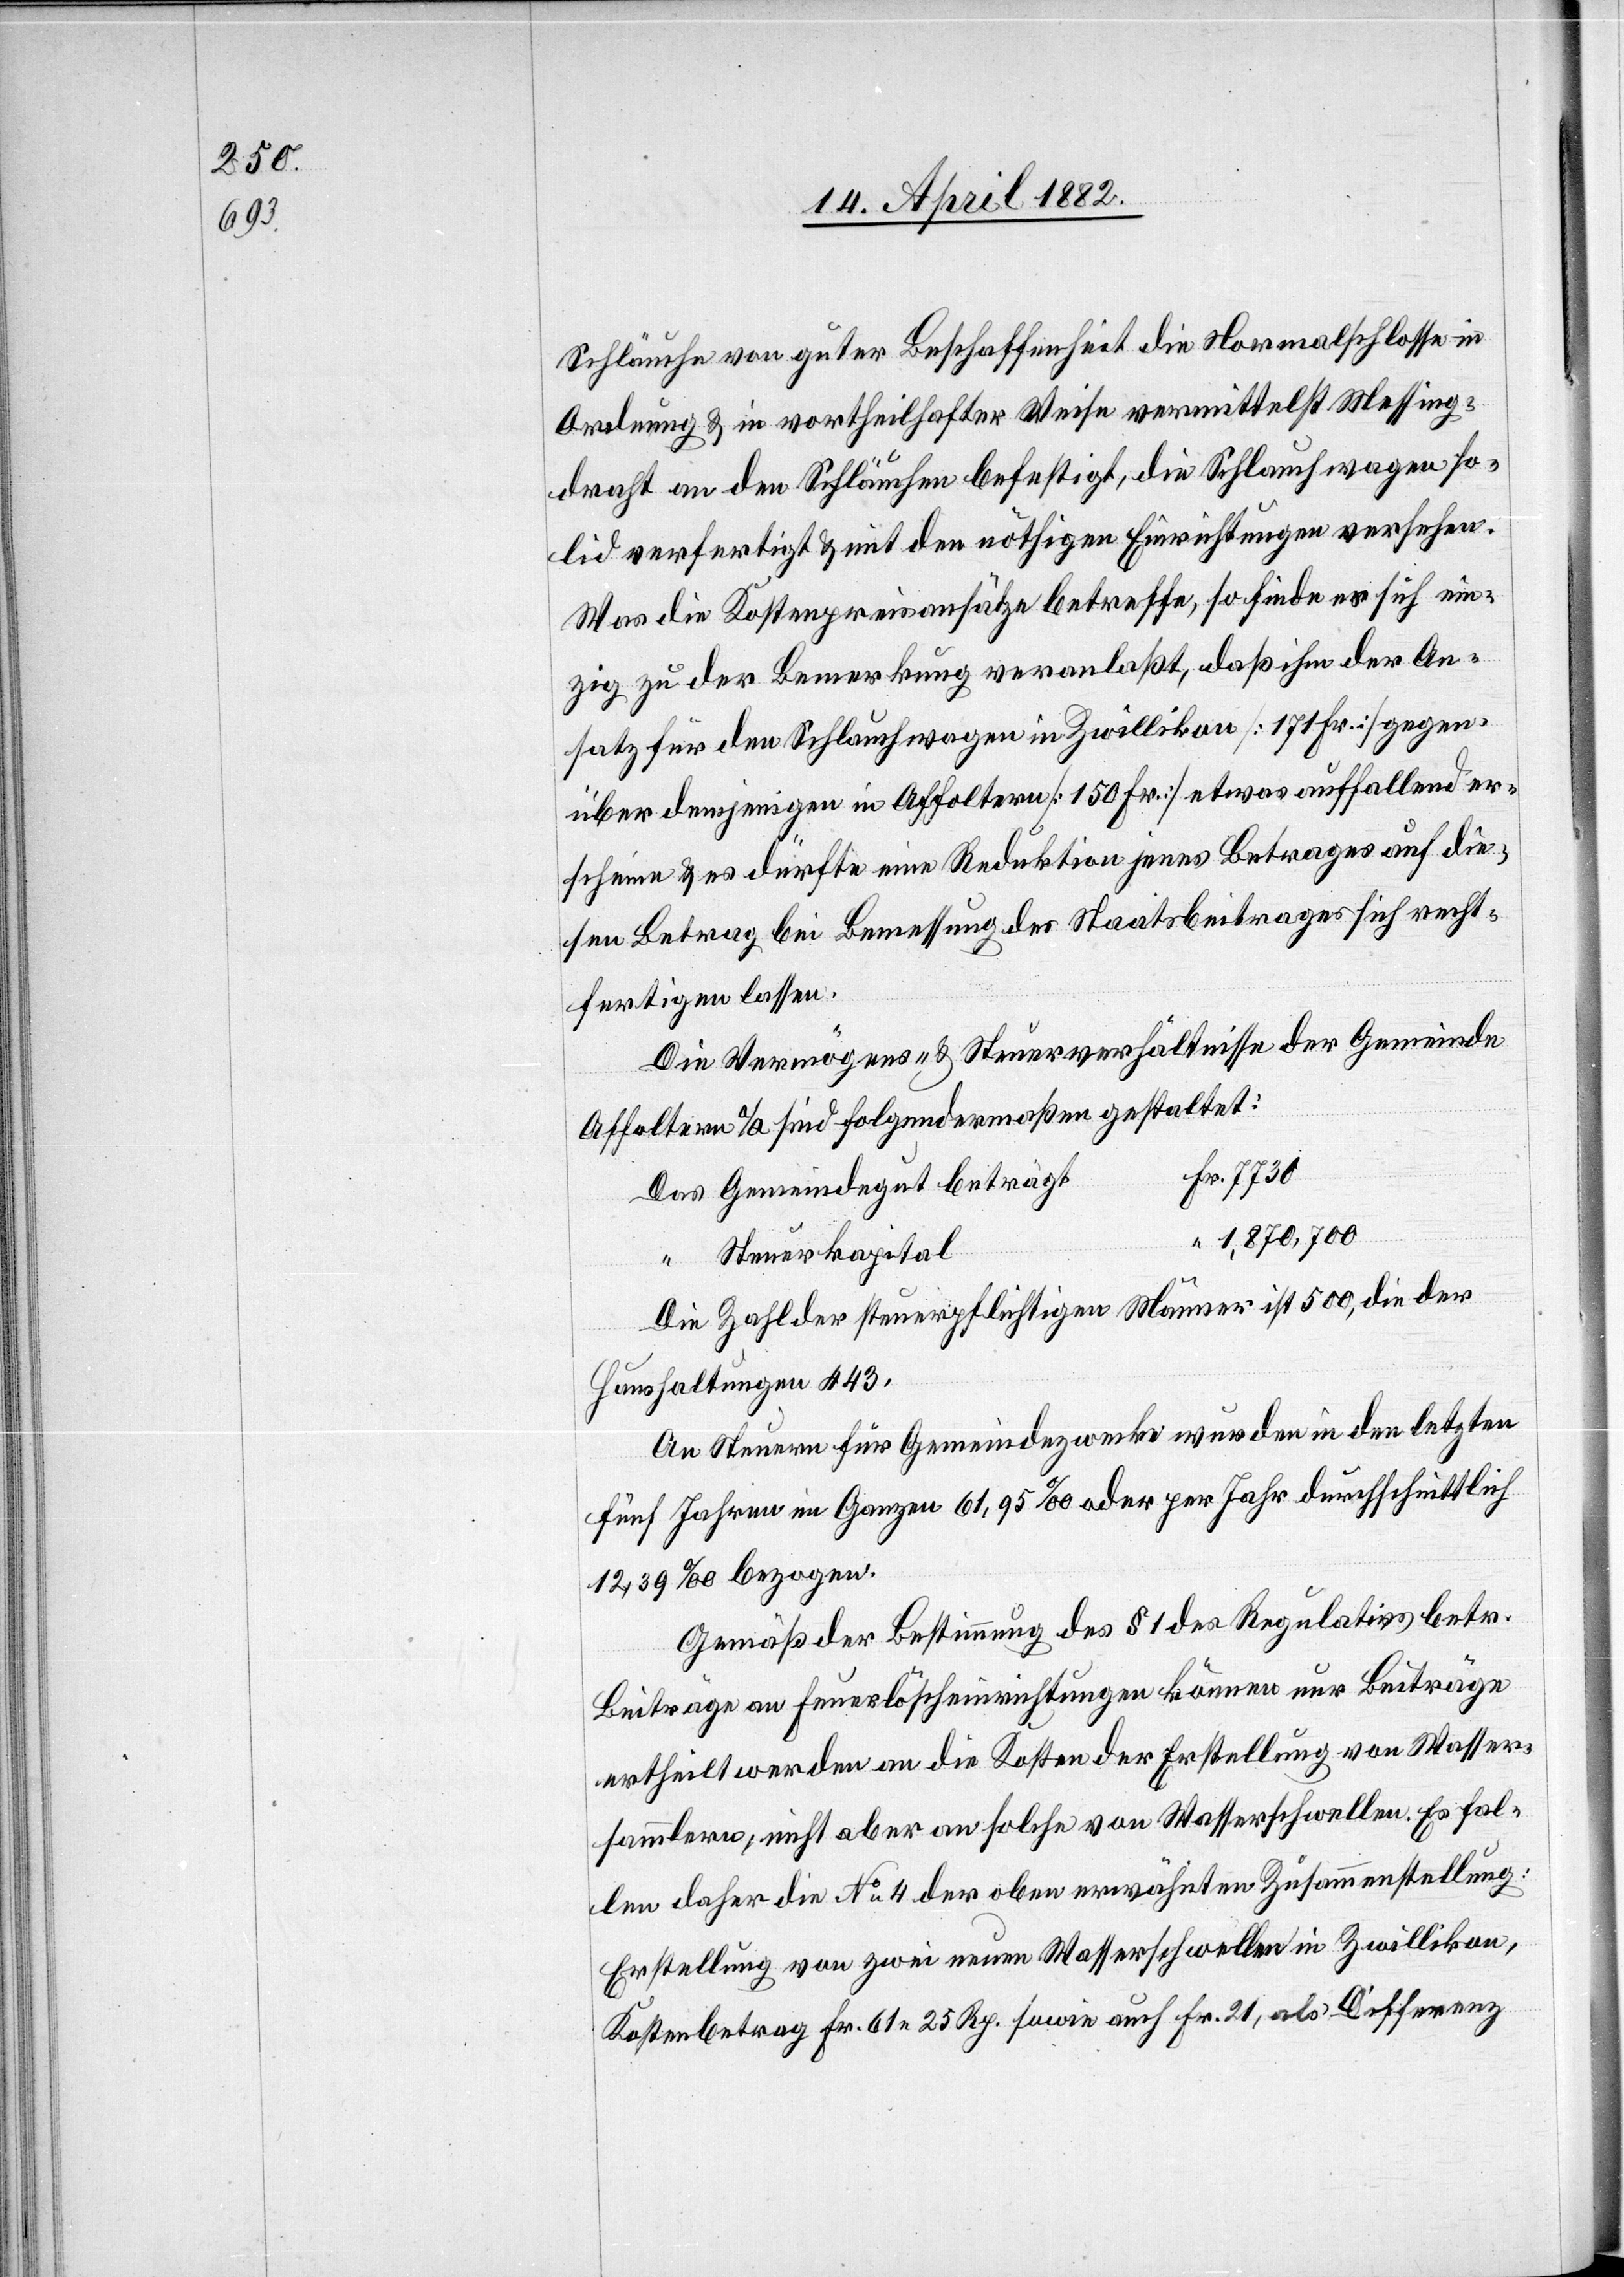
Schläuche von guter Beschaffenheit die Normalschlosse in
Ordnung & in vortheilhafter Weise vermittelst Messing¬
draht an den Schläuchen befestigt, die Schlauchwagen so¬
lid verfertigt & mit den nöthigen Einrichtungen versehen.
Was die Kostenpreisansätze betreffe, so finde er sich ein¬
zig zu der Bemerkung veranlaßt, daß ihm der An¬
satz für den Schlauchwagen in Zwillikon [171 Fr.] gegen¬
über demjenigen in Affoltern [150 Fr.] etwas auffallend er¬
scheine & es dürfte eine Reduktion jenes Betrages auf die¬
sen Betrag bei Bemessung des Staatsbeitrages sich recht¬
fertigen lassen.
Die Vermögens- & Steuerverhältnisse der Gemeinde
Affoltern a/A sind folgendermaßen gestaltet:
Das Gemeindegut beträgt
“ 1,870,700
Steuerkapital
Die Zahl der steuerpflichtigen Männer ist 500, die der
Haushaltungen 443.
An Steuern für Gemeindezwecke wurden in den letzten
fünf Jahren im Ganzen 61,95‰ oder per Jahr durchschnittlich
12,39‰ bezogen.
Gemäßder Bestimmung des § 1 des Regulativs betr.
Beiträge an Feuerlöscheinrichtungen können nur Beiträge
ertheilt werden an die Kosten der Erstellung von Wasser¬
sammlern, nicht aber an solche von Wasserschwellen. Es fal¬
len daher die No 4 der oben erwähnten Zusammenstellung:
Erstellung von zwei neuen Wasserschwellen in Zwillikon,
Kostenbetrag Fr. 61 25 Rp. sowie auch Fr. 21, als Differenz